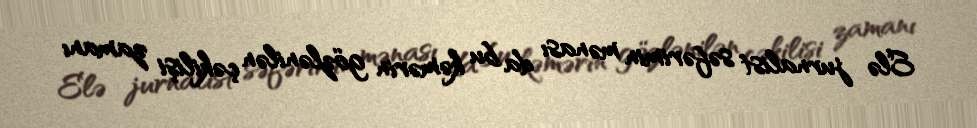
Elə jurnalist səfərimin mənası da bu kəmərin gözlənilən çəkilişi zamanı